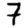
Digit: 7